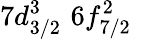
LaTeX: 7d_{3/2}^{3}\, \, 6f_{7/2}^{2}\, \,